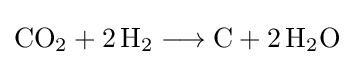
{\mathrm {CO} {\vphantom {A}}_{\smash[{t}]{2}}{}+{}2\,\mathrm {H} {\vphantom {A}}_{\smash[{t}]{2}}{}\mathrel {\longrightarrow } {}\mathrm {C} {}+{}2\,\mathrm {H} {\vphantom {A}}_{\smash[{t}]{2}}\mathrm {O} }